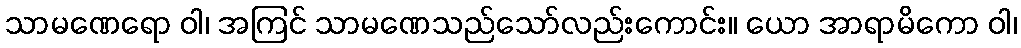
သာမဏေရော ဝါ၊ အကြင် သာမဏေသည်သော်လည်းကောင်း။ ယော အာရာမိကော ဝါ၊